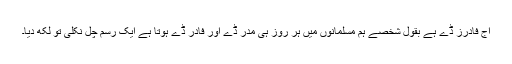
آج فادرز ڈے ہے بقول شخصے ہم مسلمانوں میں ہر روز ہی مدر ڈے اور فادر ڈے ہوتا ہے ایک رسم چل نکلی تو لکھ دیا۔